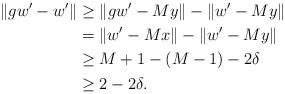
LaTeX: \begin{align*} \|gw' - w'\| & \geq \|gw' - My\| - \|w' - My\| \\ & = \|w' - Mx\| - \|w' - My\| \\ & \geq M + 1 - (M-1) - 2\delta \\ & \geq 2 - 2\delta. \end{align*}